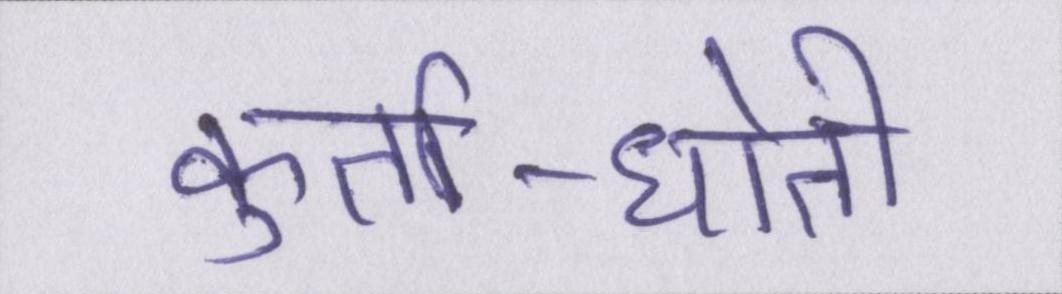
कुर्ता-धोती